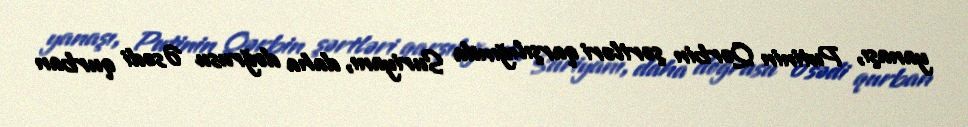
yanaşı, Putinin Qərbin şərtləri qarşılığında Suriyanı, daha doğrusu Əsədi qurban